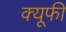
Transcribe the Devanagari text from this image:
क्यूफी